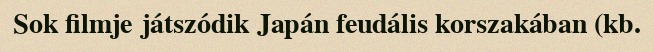
Sok filmje játszódik Japán feudális korszakában (kb.